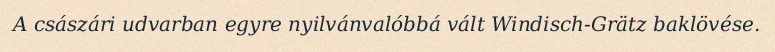
A császári udvarban egyre nyilvánvalóbbá vált Windisch-Grätz baklövése.